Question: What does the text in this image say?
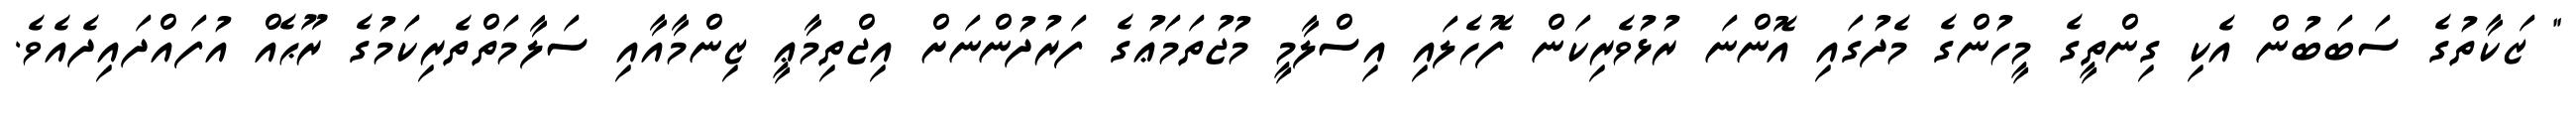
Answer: " ޒަކާތުގެ ސަބަބުން އެކި ގިންތީގެ މީހުންގެ މެދުގައި އޮންނަ ރުޅުވެރިކަން ފޮހެލައި އިސްލާމީ މުޖުތަމަޢުގެ ފަރުދުންނަށް އިޖްތިމާޢީ ޒިންމާއާއި ސަލާމަތްތެރިކަމުގެ ރޫޙެއް އުފައްދައިދެއެވެ.